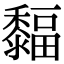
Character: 䵗